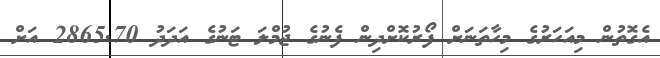
އެގޮތުން މިއަހަރުގެ މިހާތަނަށް ފޯރުކޮށްދިން ފެނުގެ ޖުމްލަ ޓަނުގެ އަދަދު 2865.70 އަށް